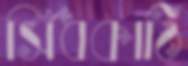
সিঁধকাঠি